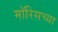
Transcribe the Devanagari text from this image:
मॉरिसच्या